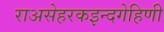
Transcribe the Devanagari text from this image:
राअसेहरकइन्दगेहिणी